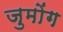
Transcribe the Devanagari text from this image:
जुमोंग